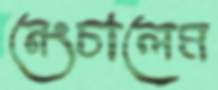
নেংচালেম